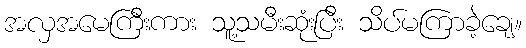
အလှအမေကြီးကား သူ့သမီးဆုံးပြီး သိပ်မကြာခဲ့ချေ။